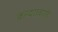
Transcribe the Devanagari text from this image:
कन्दरावासी